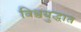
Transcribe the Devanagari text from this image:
विश्वयुद्धात